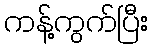
ကန့်ကွက်ပြီး